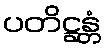
ပတိဋ္ဌန္တံ